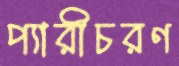
প্যারীচরণ